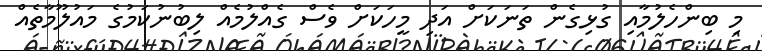
މި ބިންހެލުމާއި ގުޅިގެން ތަނަކަށް އަދި މީހަކަށް ވެސް ގެއްލުމެއް ލިބުނުކަމުގެ މައުލޫމާތެއް